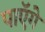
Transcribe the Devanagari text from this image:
पाएॅगे